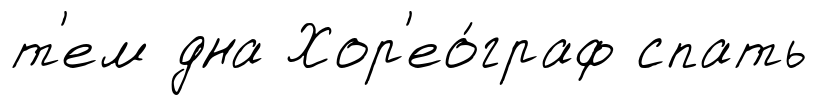
т'ем дна Хор'ео́граф спать